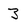
Character: 3